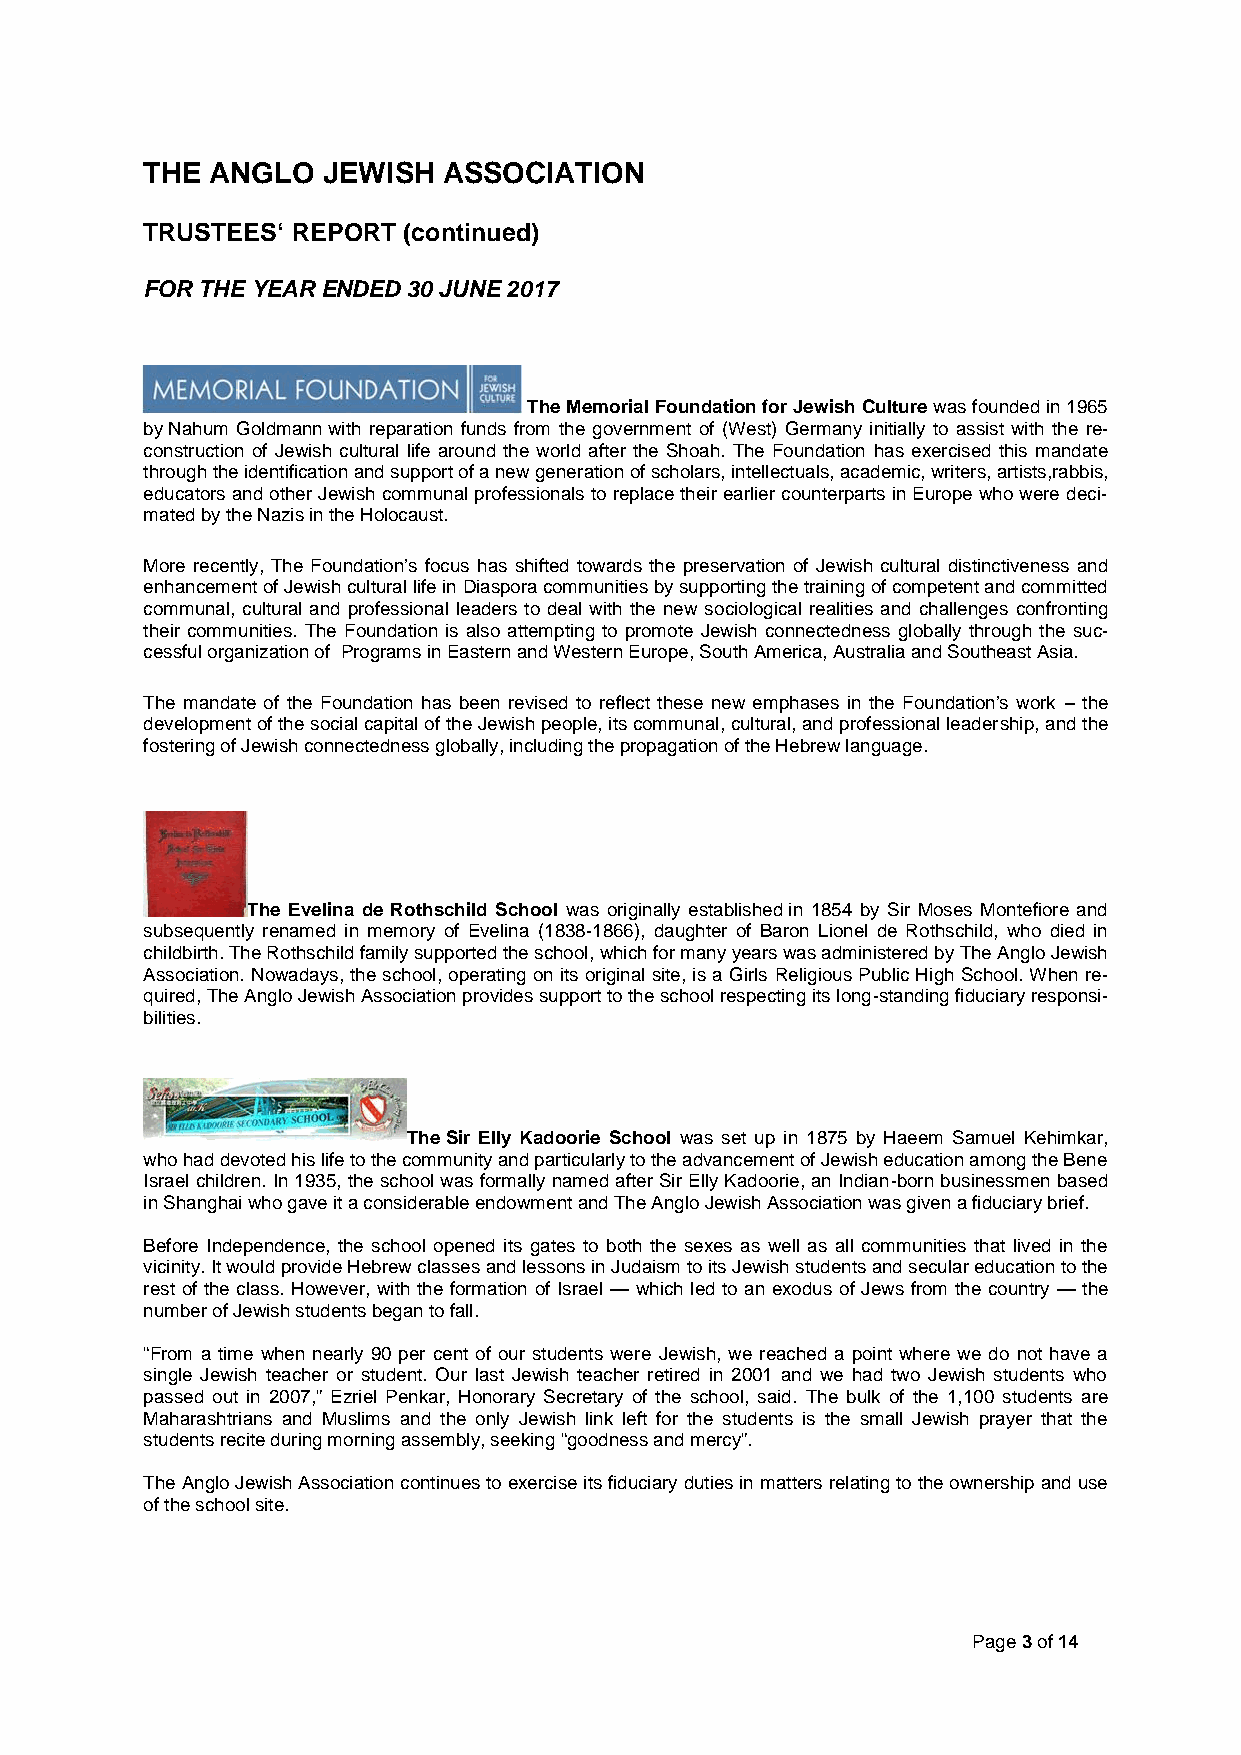
THE  ANGLO  JEWISH  ASSOCIATION
 TRUSTEES` REPORT  (continued)
 FOR THE YEAR ENDED 30 JUNE 2017
 The Memorial Foundation for JewishCulturewasfounded in 1965
 byNahum Goldmannwith reparation funds from the government of (West) Germany initially to assist with the re-
 construction of Jewish cultural life around the world after the Shoah. The Foundation has exercised this mandate
 through the identification and support of a new generation of scholars, intellectuals, academic, writers, artists,rabbis,
 educators and other Jewish communal professionals to replace their earlier counterparts in Europe who were deci-
 mated by the Nazis in the Holocaust.
 More recently, The Foundation’s focus has shifted towards the preservation of Jewish cultural distinctiveness and
 enhancement ofJewish cultural life inDiasporacommunities by supporting the training of competent and committed
 communal, cultural and professional leaders to deal with the new sociological realities and challenges confronting
 their communities. The Foundation is also attempting to promote Jewish connectedness globally through the suc-
 cessfulorganization of Programsin Eastern and Western Europe,South America, Australia and Southeast Asia.
 The mandate of the Foundation has been revised to reflect these new emphases in the Foundation's work – the
 development of the social capital of the Jewish people, its communal, cultural, and professional leadership, and the
 fostering of Jewish connectedness globally, including the propagation of the Hebrew language.
 The Evelina de Rothschild School was originally establishedin 1854 by Sir Moses Montefiore and
 subsequently renamed in memory of Evelina (1838-1866), daughter of Baron Lionel de Rothschild, who died in
 childbirth.The Rothschild family supported the school,which for many years was administered by The Anglo Jewish
 Association. Nowadays, the school, operating on its original site, is a Girls Religious Public High School. When re-
 quired, The Anglo Jewish Association provides support to the school respecting its long-standing fiduciary responsi-
 bilities.
 TheSir Elly Kadoorie School was set up in 1875 by Haeem Samuel Kehimkar,
 who had devoted his life to the community and particularly to the advancement of Jewish education among the Bene
 Israel children. In 1935, the school was formally named after Sir Elly Kadoorie, an Indian-born businessmen based
 in Shanghai who gave it a considerable endowmentand The Anglo Jewish Association was given a fiduciary brief.
 Before Independence, the school opened its gates to both the sexes as well as all communities that lived in the
 vicinity. It would provide Hebrew classes and lessons in Judaism to itsJewish students and secular education to the
 rest of the class. However, with the formation of Israel — which led to an exodus of Jews from the country — the
 number of Jewish students began to fall.
 “From a time when nearly 90 per cent of our students were Jewish, we reached a point where we do not have a
 single Jewish teacher or student. Our last Jewish teacher retired in 2001 and we had two Jewish students who
 passed out in 2007,” Ezriel Penkar, Honorary Secretary of the school, said. The bulk of the 1,100 students are
 Maharashtrians and Muslims and the only Jewish link left for the students is the small Jewish prayer that the
 students recite during morning assembly, seeking“goodness and mercy”.
 The Anglo Jewish Association continues to exercise its fiduciary duties in matters relating to the ownership and use
 of the school site.
 Page3of14